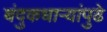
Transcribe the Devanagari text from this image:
बंदुकधार्‍यांपुढे